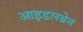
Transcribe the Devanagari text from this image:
आइडलब्रेन